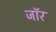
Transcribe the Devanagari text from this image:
जॉर